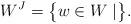
LaTeX: \begin{align*} W^J = \bigl\{ w \in W \mid \bigr\}.\end{align*}